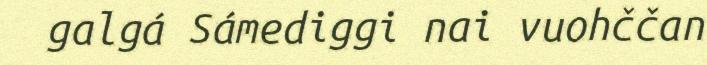
galgá Sámediggi nai vuohččan